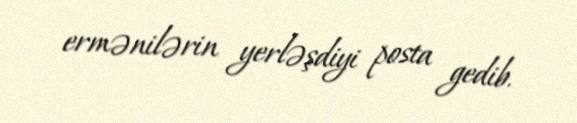
ermənilərin yerləşdiyi posta gedib.